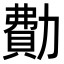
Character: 𠢥